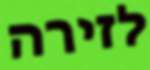
לזירה